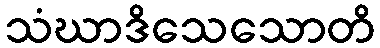
သံဃာဒိသေသောတိ